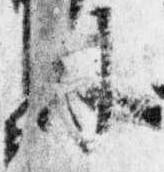
外